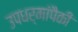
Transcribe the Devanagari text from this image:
उपधर्मांपैकी